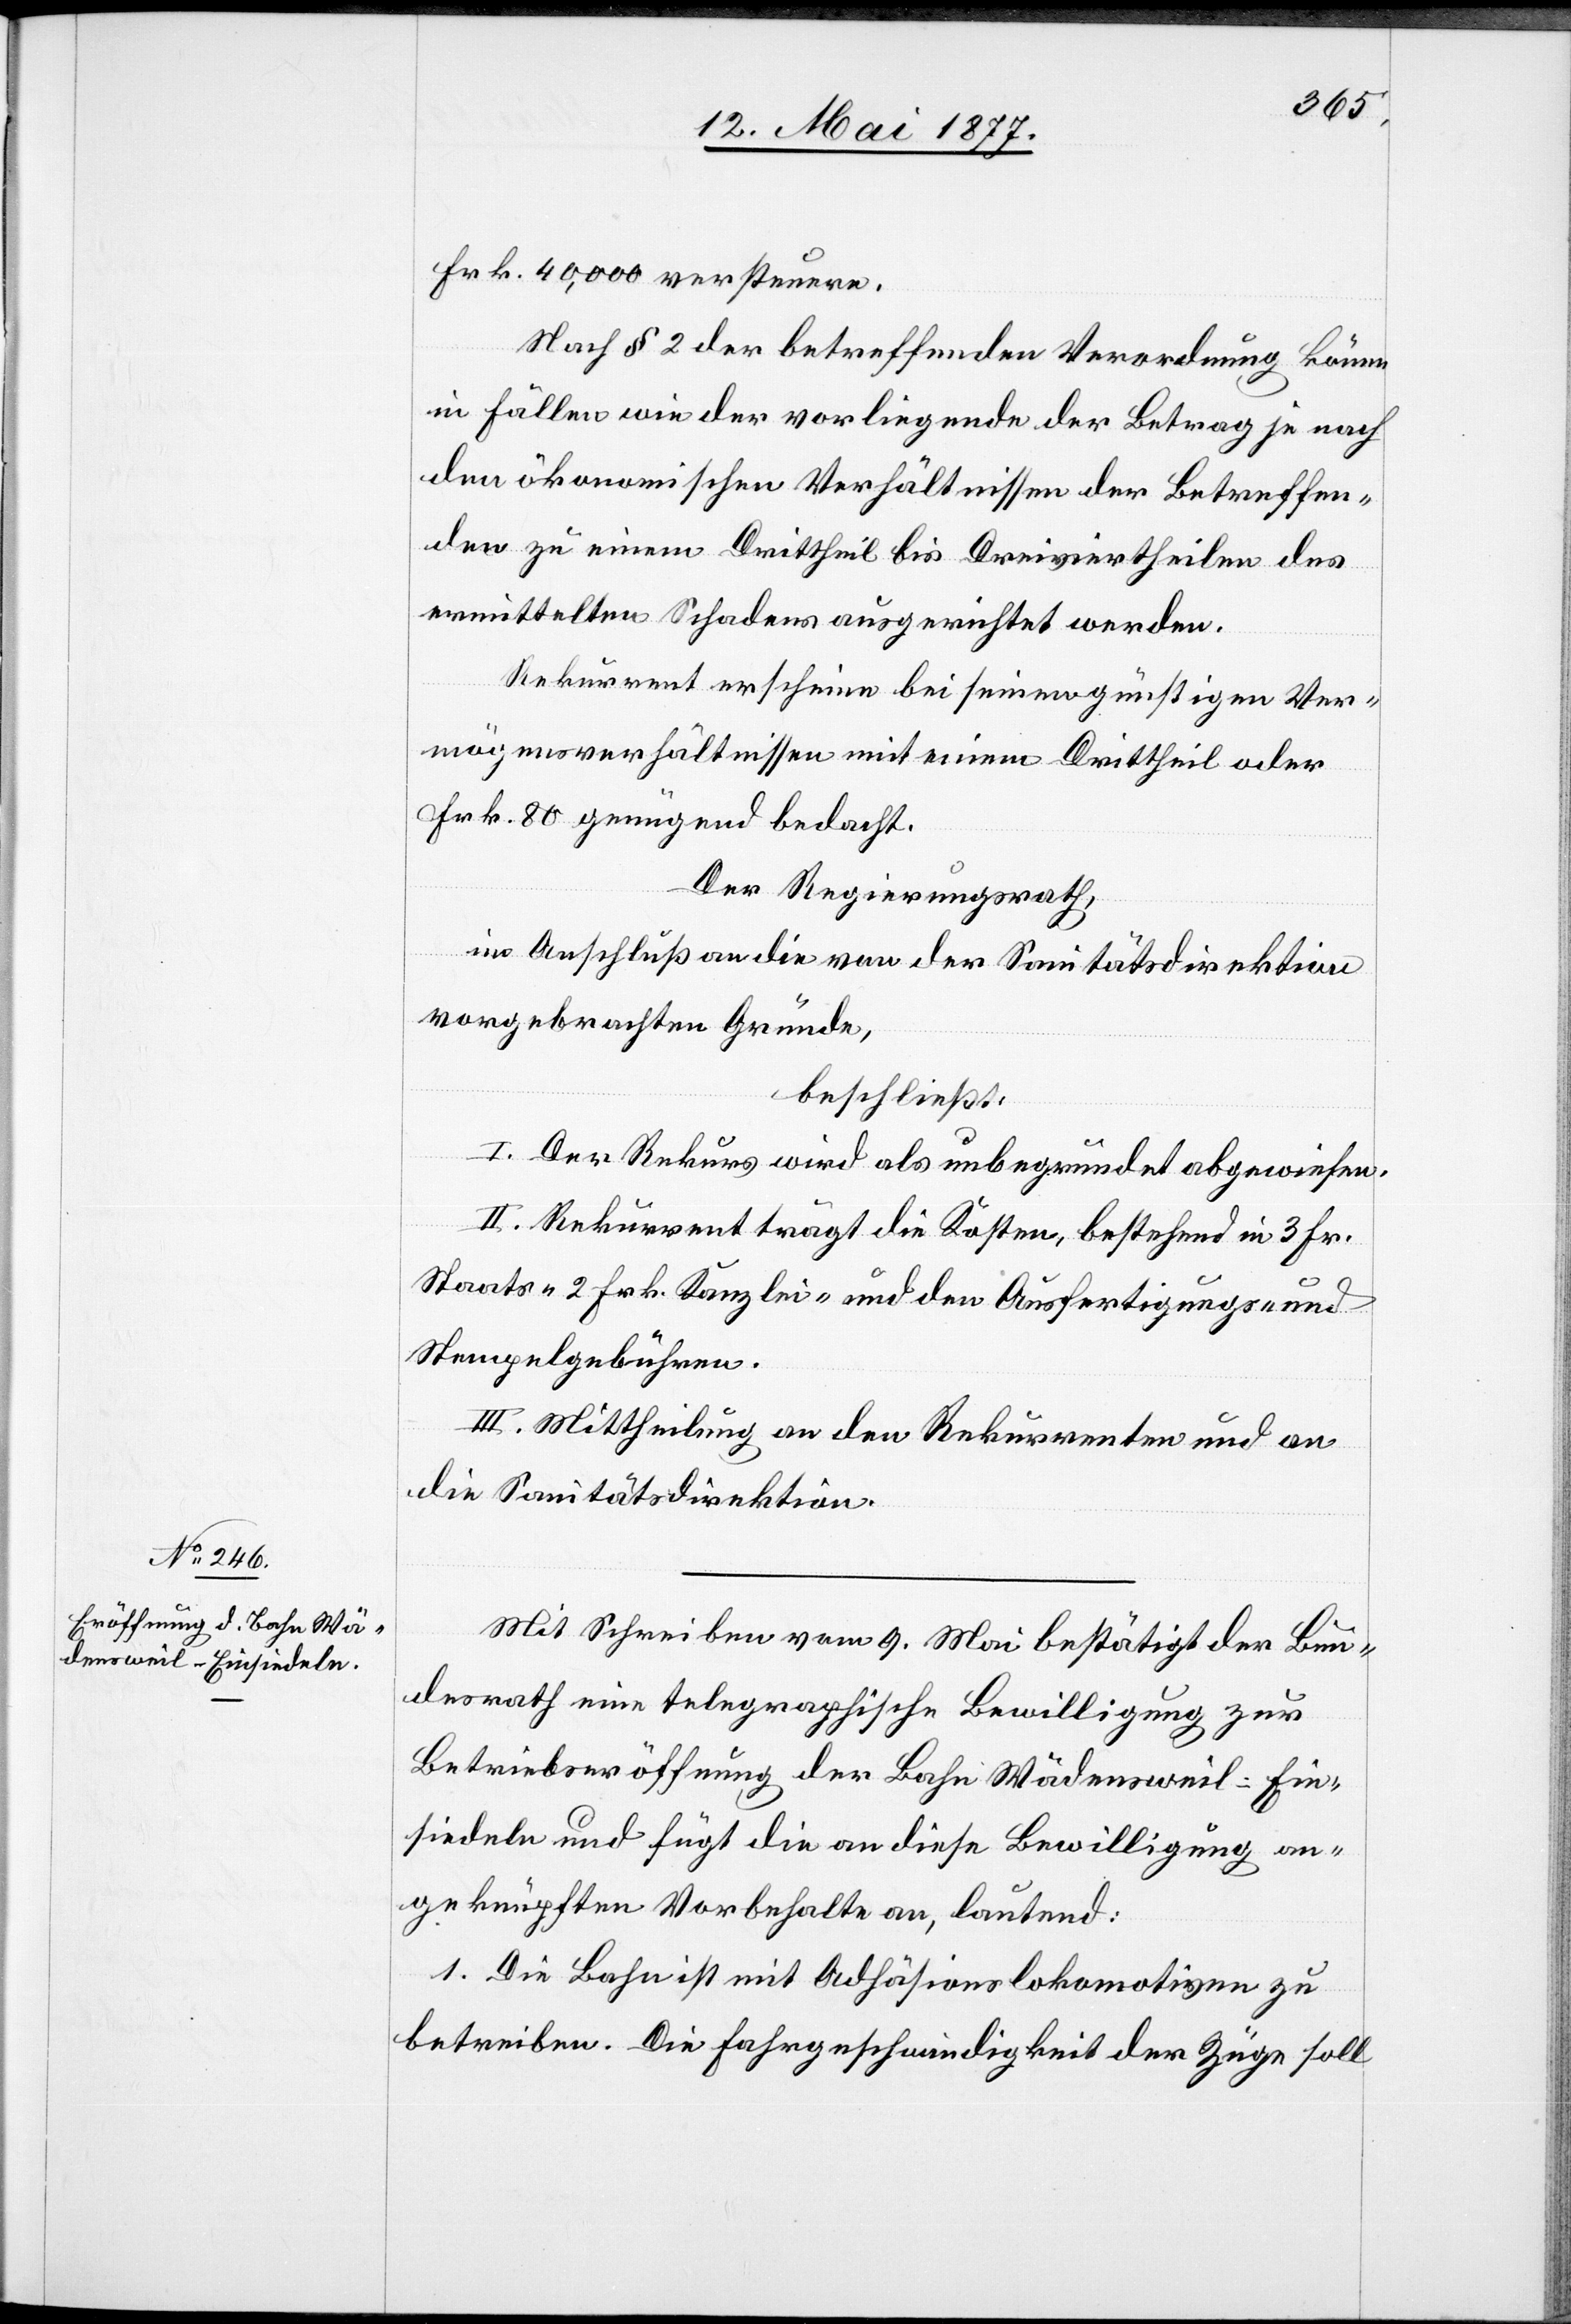
Frk. 40,000 versteuere.
Nach § 2 der betreffenden Verordnung könne
in Fällen wie der vorliegende der Betrag je nach
den ökonomischen Verhältnissen der Betreffen¬
den zu einem Drittheil bis Dreiviertheilen des
ermittelten Schadens ausgerichtet werden.
Rekurrent erscheine bei seinen günstigen Ver¬
mögensverhältnissen mit einem Drittheil oder
Frk. 80 genügend bedacht.
Der Regierungsrath,
in Anschluß an die von der Sanitätsdirektion
vorgebrachten Gründe,
beschließt:
I. Der Rekurs wird als unbegründet abgewiesen.
II. Rekurrent trägt die Kosten, bestehend in 3 Fr.
Staats- 2 Frk. Kanzlei- und den Ausfertigungs- und
Stempelgebühren.
III. Mittheilung an den Rekurrenten und an
die Sanitätsdirektion.
Mit Schreiben vom 9. Mai bestätigt der Bun¬
desrath eine telegraphische Bewilligung zur
Betriebseröffnung der Bahn Wädensweil–Ein¬
siedeln und führt die an diese Bewilligung an¬
geknüpften Vorbehalte an, lautend:
1. Die Bahn ist mit Adhäsionslokomotiven zu
betreiben. Die Fahrgeschwindigkeit der Züge soll